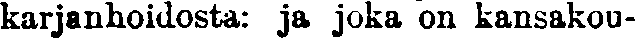
karjanhoidosta: ja joka on kansakou-